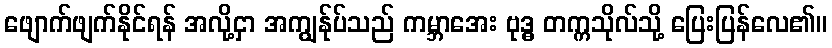
ဖျောက်ဖျက်နိုင်ရန် အလို့ငှာ အကျွန်ုပ်သည် ကမ္ဘာအေး ဗုဒ္ဓ တက္ကသိုလ်သို့ ပြေးပြန်လေ၏။